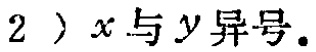
$2）x与y异号.$